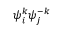
{ \psi } _ { i } ^ { k } { \psi } _ { j } ^ { - k }